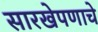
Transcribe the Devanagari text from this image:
सारखेपणाचे